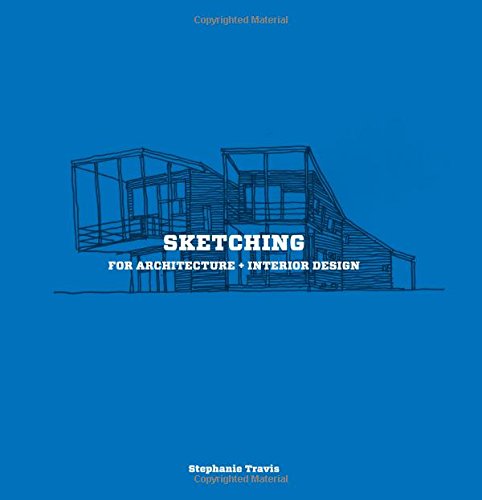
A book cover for Sketching for Architecture + Interior Design; Stephanie Travis; Arts & Photography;